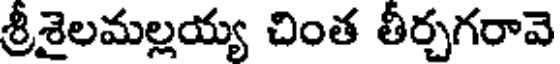
శ్రీశైలమల్లయ్య చింత తీర్చగరావె